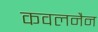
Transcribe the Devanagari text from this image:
कवलनैन